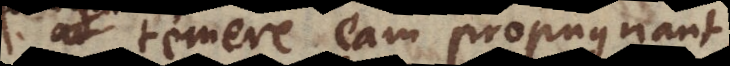
temere eam propugnant,